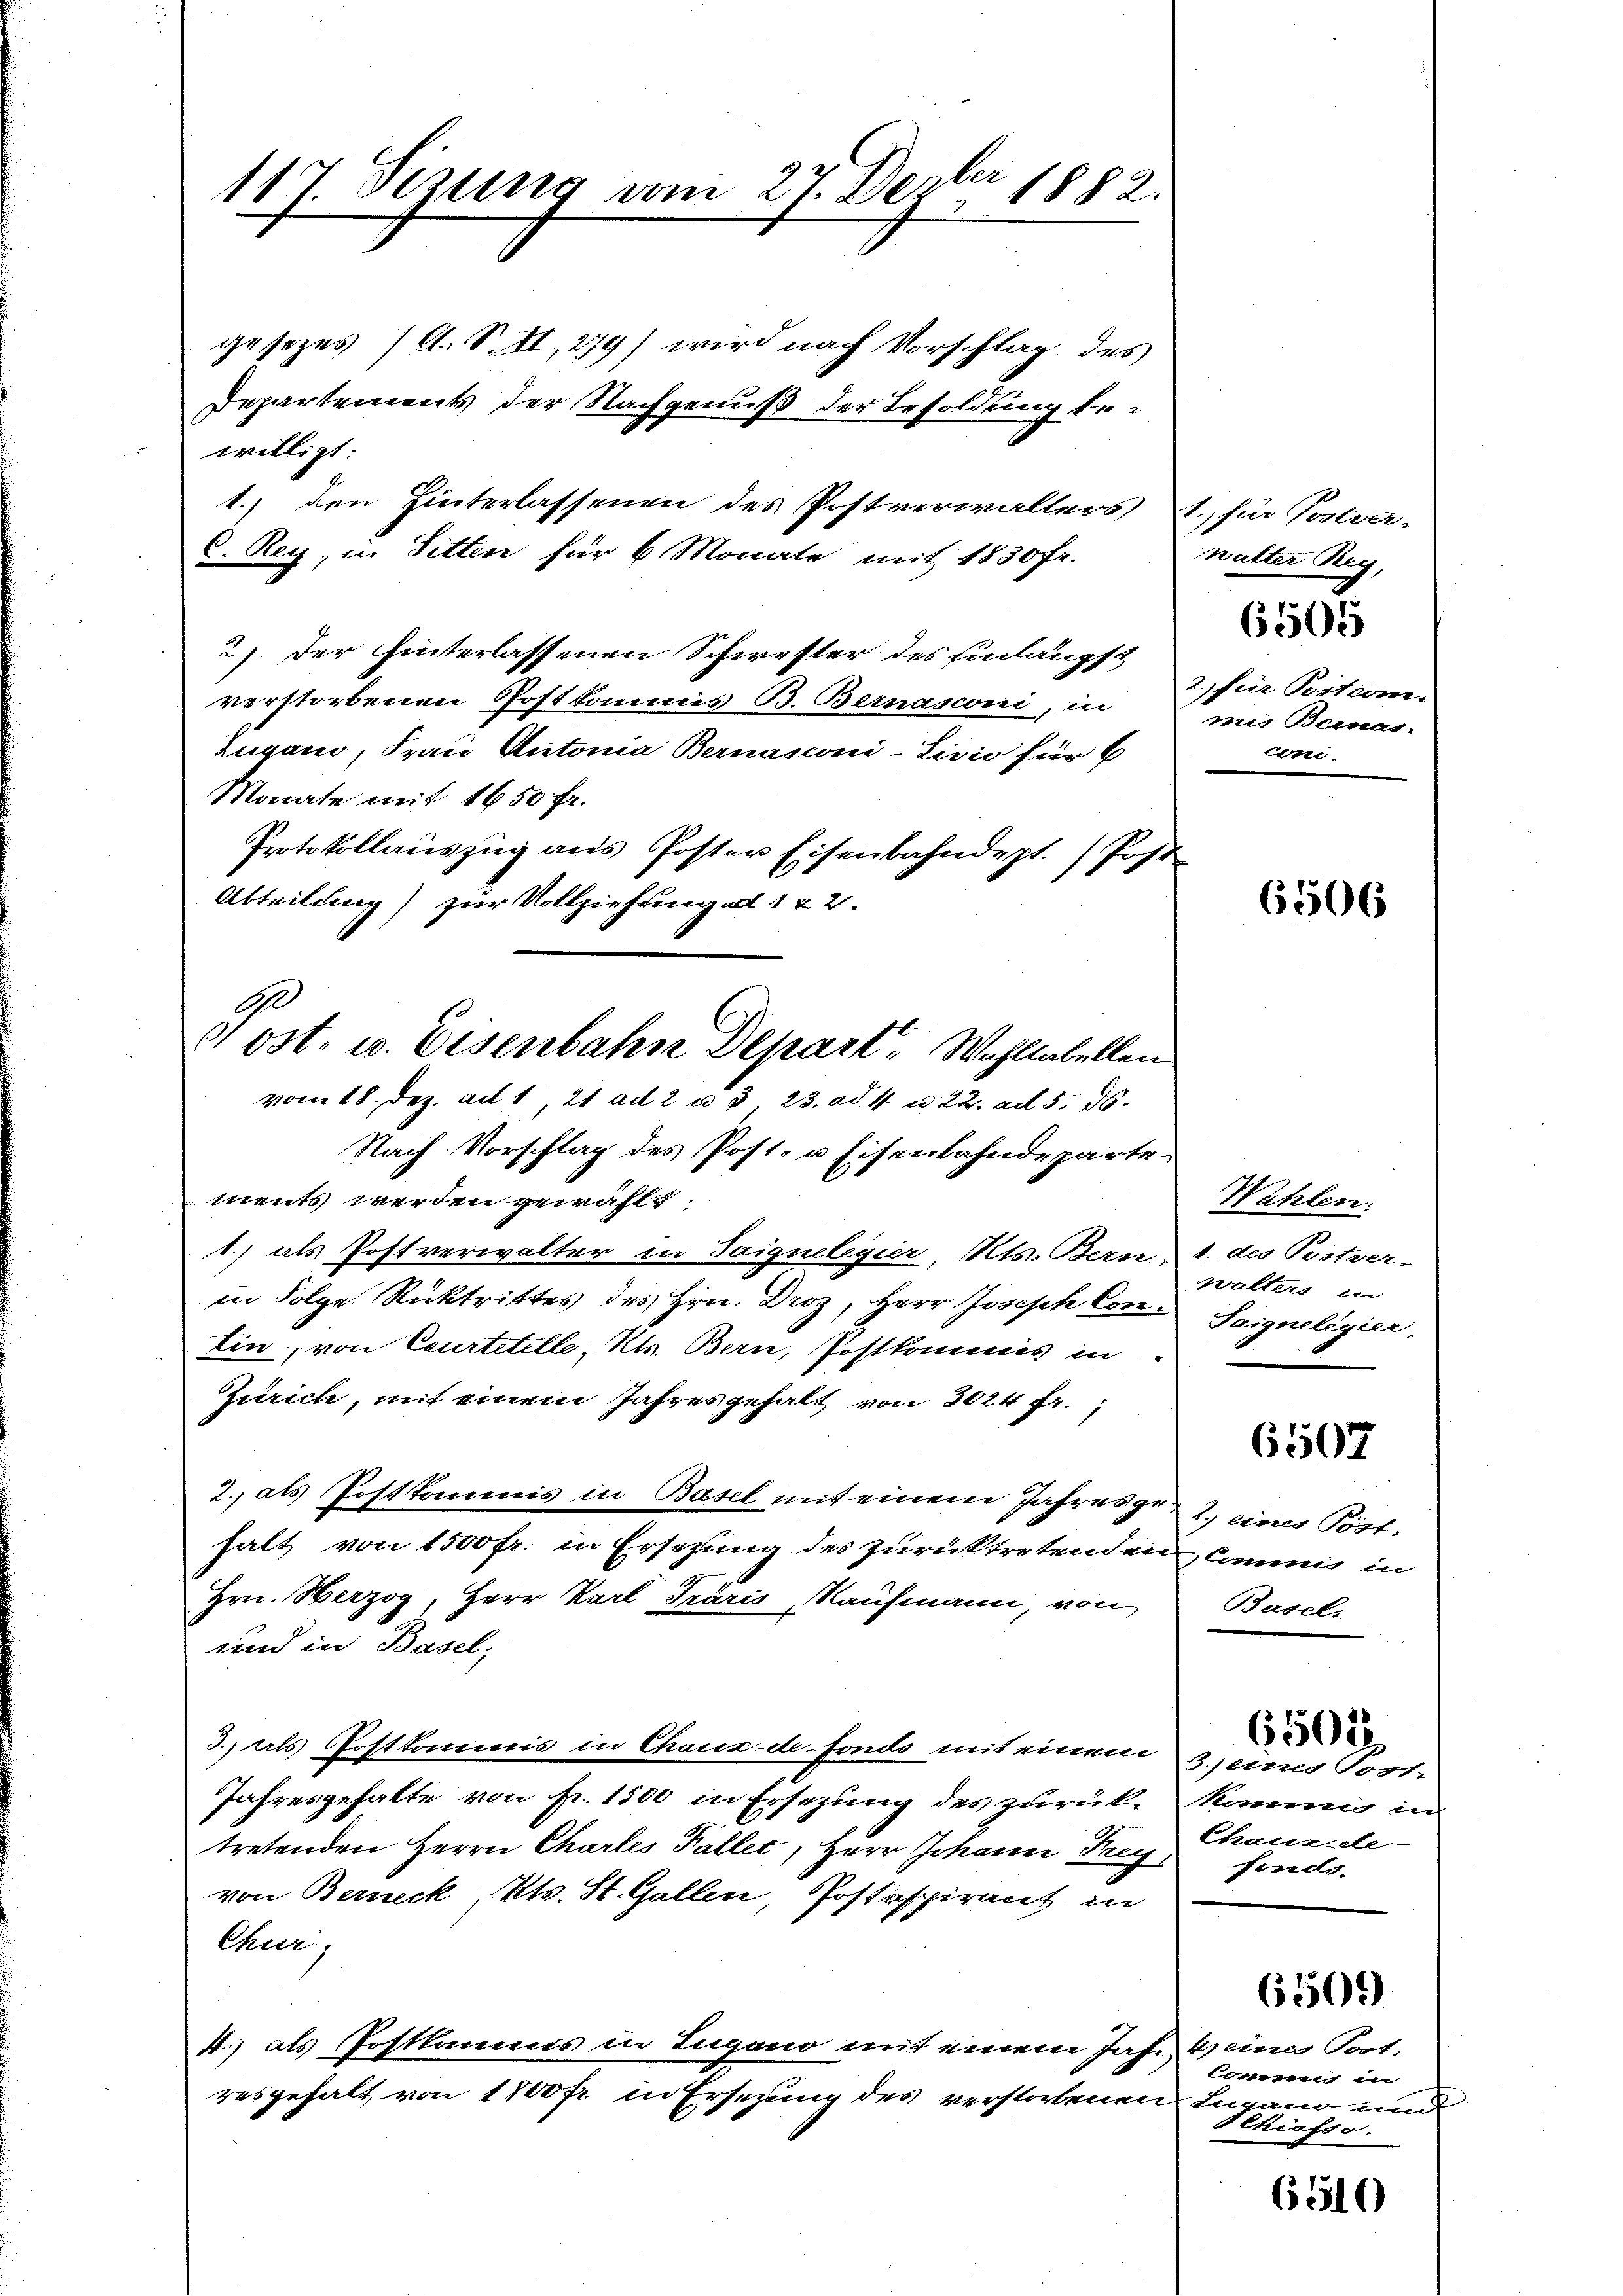
117 Tizung am 27. Dezbr. 1882.

gesezes (A. S. II, 279) wird nach Vorschlag des
Departement der Nachgenuß der Besoldung bewelligt:
1.) den Hinterlassenen des Postverwalters,
C. Rey, in Sitten für 6 Monate mit 1830 fr.
2) der hinterlassenen Schwester des Einlängst
verstorbenen Postkommis B. Bernasconi, in
Ingand, Frau Antonia Bernasconi-Livio für
Monate mit 1850 Fr.
Protokollauszug aus Poster Eisenbahndept. (Pos.
Abteilung) zur Vollziehung ad 122.
vom 18. Dez. ad 1, 21 ad 2 a 8, 23. ad. 4 n 22. ad 5. 16.
Nach Vorschlag des Post- u Eisenbahndeparte
ments werden gewählt
1) als Postverwalter in Teignelegier, Kts. Bern,
in Folge Rücktrittes des Hrn. Droz, Herr Josisch Con-
Lin, von Caurtstelle, kk. Bern, Postkommis in
Zürich, mit einem Jahres gehalt von 3024 Fr.;
2., als Postkoms in Basel mit einem Jahres ge
halt von 1500 Fr. in Ersezung des zurücktretend ein
Hrn. Herzog, Herr Karl Fraris, Kaufmann von
und in Basel,
3.) als Postkommis in Chaux de fonds mit einem
Jahresgehalte von fr. 1500 in Ersezung des zurük-
tretenden Herrn Charles Faller, Herr Johann Frag
von Berneck, Kts. St. Gallen, Postspirant in
Chur
4) als Postkamms in Lugano mit einem Jahr
resgehalt von 1800 fr. in Ersezung des verstorbenen

Ge
 ost. u. Eisenbahn Depart. Wohllabellen

1., für Postverwulter Reg
2.) für Postcom.
zu Benes.
Etti

6505

65506

Wählen.
t. des Postver-
Butters in
Taigneligier.

6507

2) eines Pött.
mm in
Basel

6502

3.) aus Post
kommen in
Chaux-de-
fonds.

65302)

4 eine Port.
tnn in
Ligen und
Schiefso

65311)